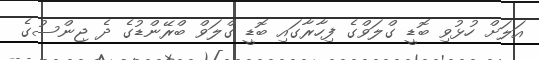
އަލަށް ހުޅުވި ބޮޑީ ގްލަވްގެ ފިހާރާގައި ބޮޑީ ގްލަވް ބްރޭންޑުގެ ދެ ޖިންސުގެ